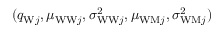
( q _ { \mathrm { W } j } , \mu _ { \mathrm { W W } j } , \sigma _ { \mathrm { W W } j } ^ { 2 } , \mu _ { \mathrm { W M } j } , \sigma _ { \mathrm { W M } j } ^ { 2 } )